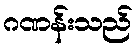
ဂဏန်းသည်